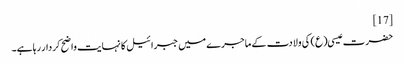
[17]
حضرت عیسی(ع) کی ولادت کے ماجرے میں جبرائیل کا نہایت واضح کردار رہا ہے۔